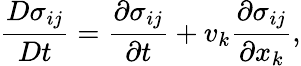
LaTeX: \frac{{D}\sigma_{ij}}{{D}t}=\frac{\partial\sigma_{ij}}{\partial t}+v_{k}\frac{\partial\sigma_{ij}}{\partial x_{k}},